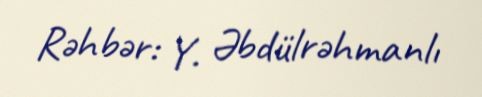
Rəhbər: Y. Əbdülrəhmanlı